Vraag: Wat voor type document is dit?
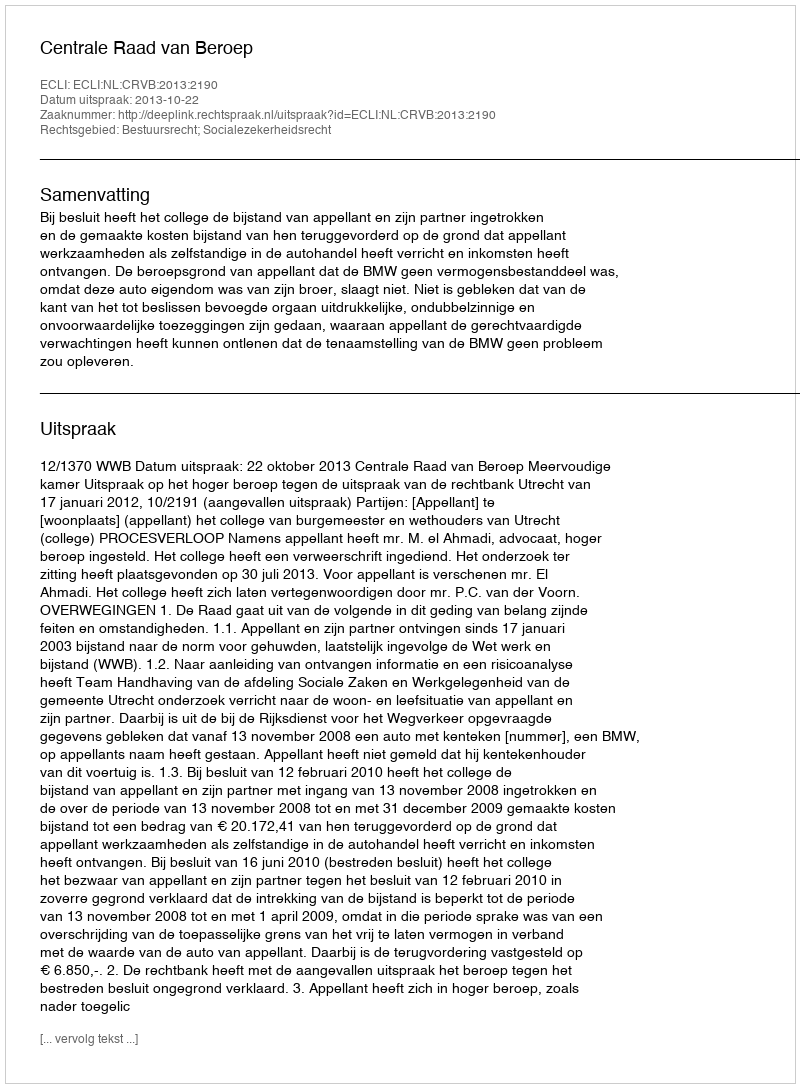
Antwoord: Uitspraak